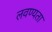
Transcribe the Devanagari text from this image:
लवण्यता